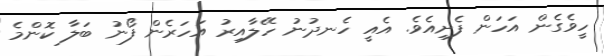
ހީވެގެން އަހަން ފެށިއެވެ. އެއީ ހެނދުނު ހޭލާއިރު އަހަރެން ފޯނު ބަލާ ކޮންމެ